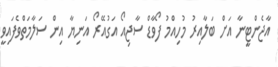
އާޖެންޓީނާ އަށް ބަލާއިރު މުހިއްމު ފޯވާޑް ސާޖިއޯ އަގުއޭރޯ އަނިޔާ އިން ސަލާމަތްވެފައިވީ